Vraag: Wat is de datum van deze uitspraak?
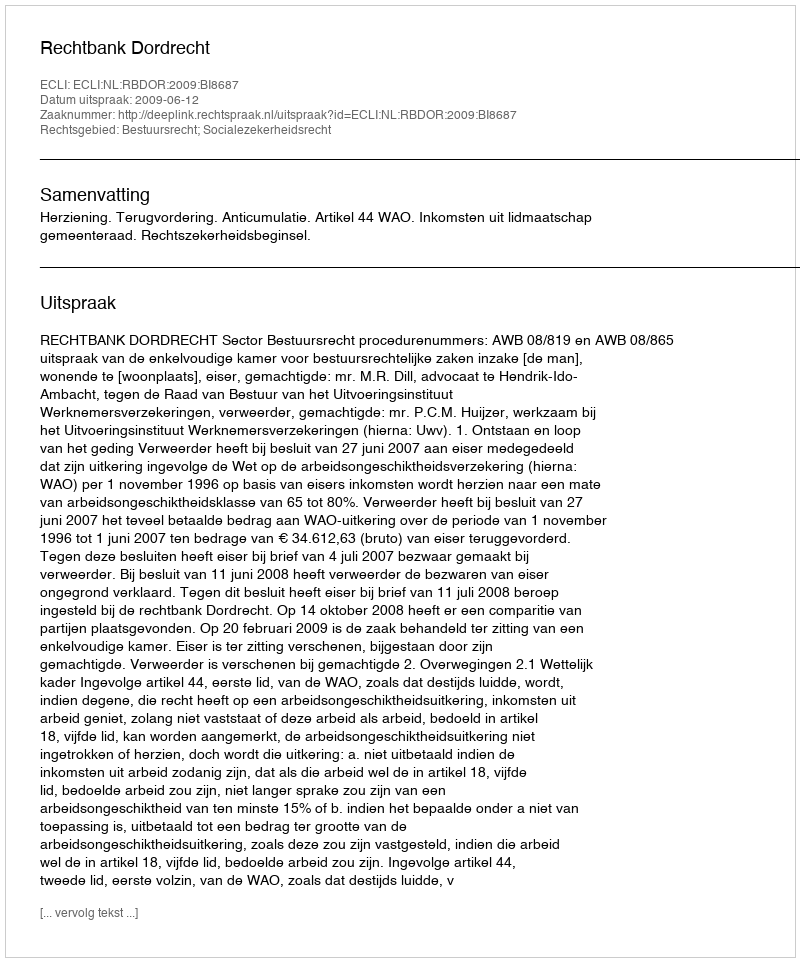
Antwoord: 2009-06-12